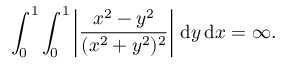
\int _ { 0 } ^ { 1 } \int _ { 0 } ^ { 1 } \left| { \frac { x ^ { 2 } - y ^ { 2 } } { ( x ^ { 2 } + y ^ { 2 } ) ^ { 2 } } } \right| \, { \mathrm { d } } y \, { \mathrm { d } } x = \infty .